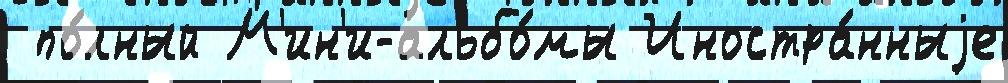
 по́лный М'ин'и-альбо́мы Иностра́нныjе